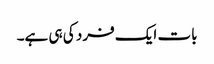
بات ایک فرد کی ہی ہے۔